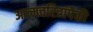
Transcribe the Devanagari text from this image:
आत्मचरित्रांपैकी